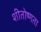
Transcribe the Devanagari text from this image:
शीतोष्णता